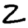
Digit: 2